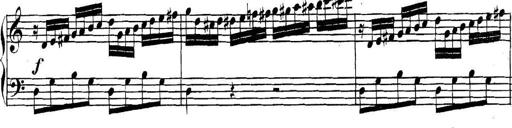
Title: Collected Piano Sonatas
Composer: Muzio Clementi